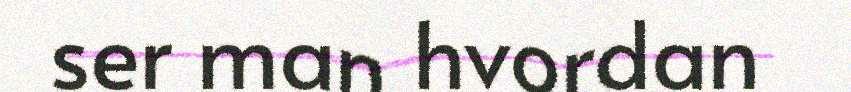
ser man hvordan